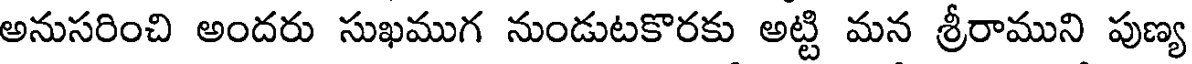
అనుసరించి అందరు సుఖముగ నుండుటకొరకు అట్టి మన శ్రీరాముని పుణ్య